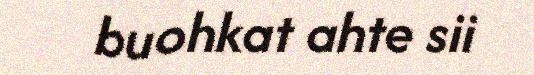
buohkat ahte sii